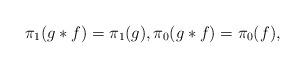
LaTeX: \begin{align*} \pi_1(g \ast f) = \pi_1(g), \pi_0(g \ast f) = \pi_0(f) ,\end{align*}